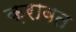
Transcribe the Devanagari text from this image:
क़राबत